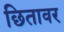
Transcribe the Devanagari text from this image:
छितावर